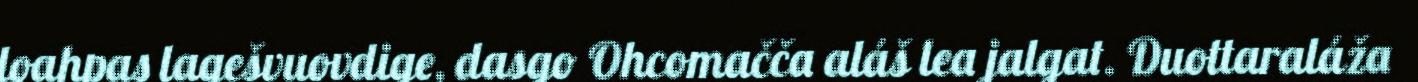
loahpas lagešvuovdige, dasgo Ohcomačča aláš lea jalgat. Duottaraláža